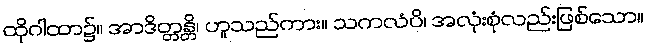
ထိုဂါထာ၌။ အာဒိတ္တန္တိ၊ ဟူသည်ကား။ သကလံပိ၊ အလုံးစုံလည်းဖြစ်သော။